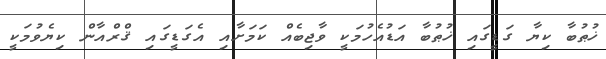
ޚުޠުބާ ކިޔާ ގަޑީގައި ޚުޠުބާ އަޑުއެހުމަކީ ވާޖިބެއް ކަމަށާއި އެގަޑީގައި ޤްރްއާން ކިޔެވުމަކީ